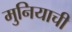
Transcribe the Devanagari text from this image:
मुनियाची